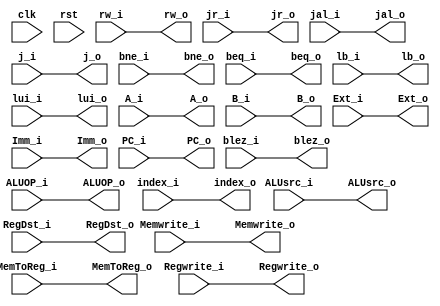
`timescale 1ns / 1ps
//////////////////////////////////////////////////////////////////////////////////
// Company: HUST
// Engineer: 
// 
// Design Name: CPU_Optimal_Streamline
// Module Name: ID_EX
// 
//////////////////////////////////////////////////////////////////////////////////

//ID_EX
module id_ex(
    input       clk, rst,
    input       [3:0] ALUOP_i,
    input       [4:0] rw_i,
    input       jr_i,jal_i,j_i,bne_i,beq_i,blez_i,
    input       Memwrite_i, MemToReg_i,Regwrite_i,ALUsrc_i,RegDst_i,
    input       lb_i,
    input       lui_i,
    input       [31:0]index_i,
    input       [31:0] A_i, B_i,Ext_i, Imm_i,PC_i,
    output /*reg*/  [3:0] ALUOP_o,
    output /*reg*/  [4:0] rw_o,
    output /*reg*/  jr_o,jal_o,j_o,bne_o,beq_o,blez_o,
    output /*reg*/  Memwrite_o, MemToReg_o,Regwrite_o,ALUsrc_o,RegDst_o,
    output /*reg*/  lb_o,
    output /*reg*/  lui_o,
    output /*reg*/  [31:0]index_o,
    output /*reg*/  [31:0] A_o, B_o,Ext_o, Imm_o,PC_o
    );
    //WB
    assign rw_o = rw_i;
    assign MemToReg_o = MemToReg_i;    //ALUMem
    assign jal_o = jal_i;         //PC+1
    assign lui_o = lui_i;         //LUI
    assign Regwrite_o = Regwrite_i;    //
    assign RegDst_o = RegDst_i;      //
    //MemALU
    assign Memwrite_o = Memwrite_i;    //ram
    assign lb_o = lb_i;          //memload
    //EXALU
    assign ALUOP_o =ALUOP_i;        //ALUIS
    assign ALUsrc_o = ALUsrc_i;      //ALUBImm
    assign jr_o = jr_i;          //NPC
    assign j_o = j_i;           //
    assign bne_o = bne_i;         //
    assign beq_o = beq_i;         //
    assign blez_o = blez_i;        //   
    assign index_o = index_i;
    //A,B,PC,IMM
    assign A_o = A_i;           //ALU
    assign B_o = B_i;           //ALU
    assign PC_o = PC_i;          //NPC
    assign Ext_o = Ext_i;
    assign Imm_o = Imm_i;            //1.ALU2.3.NPC

endmodule
/*    always @(posedge clk) begin
        if (rst) begin
            //WB
            MemToReg_o <= 0;    //ALUMem
            jal_o <= 0;         //PC+1
            lui_o <= 0;         //LUI
            Regwrite_o <= 0;    //
            RegDst_o <= 0;      //
            //MemALU
            Memwrite_o <= 0;    //ram
            lb_o <= 0;          //memload
            //EXALU
            ALUOP_o <=0;        //ALUIS
            ALUsrc_o <= 0;      //ALUBImm
            jr_o <= 0;          //NPC
            j_o <= 0;           //
            bne_o <= 0;         //
            beq_o <= 0;         //
            blez_o <= 0;        //   
            //A,B,PC,IMM
            A_o <= 0;           //ALU
            B_o <= 0;           //ALU
            PC_o <= 0;          //NPC
            Ext_o <= Ext_i;     //1.ALU2.NPC
            Imm <= 0            //
        end
        else if () begin
            
        end
    end*/